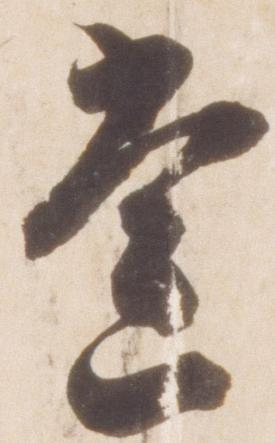
常